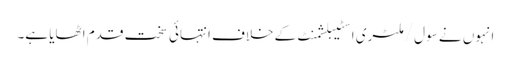
انہوں نے سول/ملٹری اسٹیبلشمنٹ کے خلاف انتہائی سخت قدم اٹھایا ہے۔